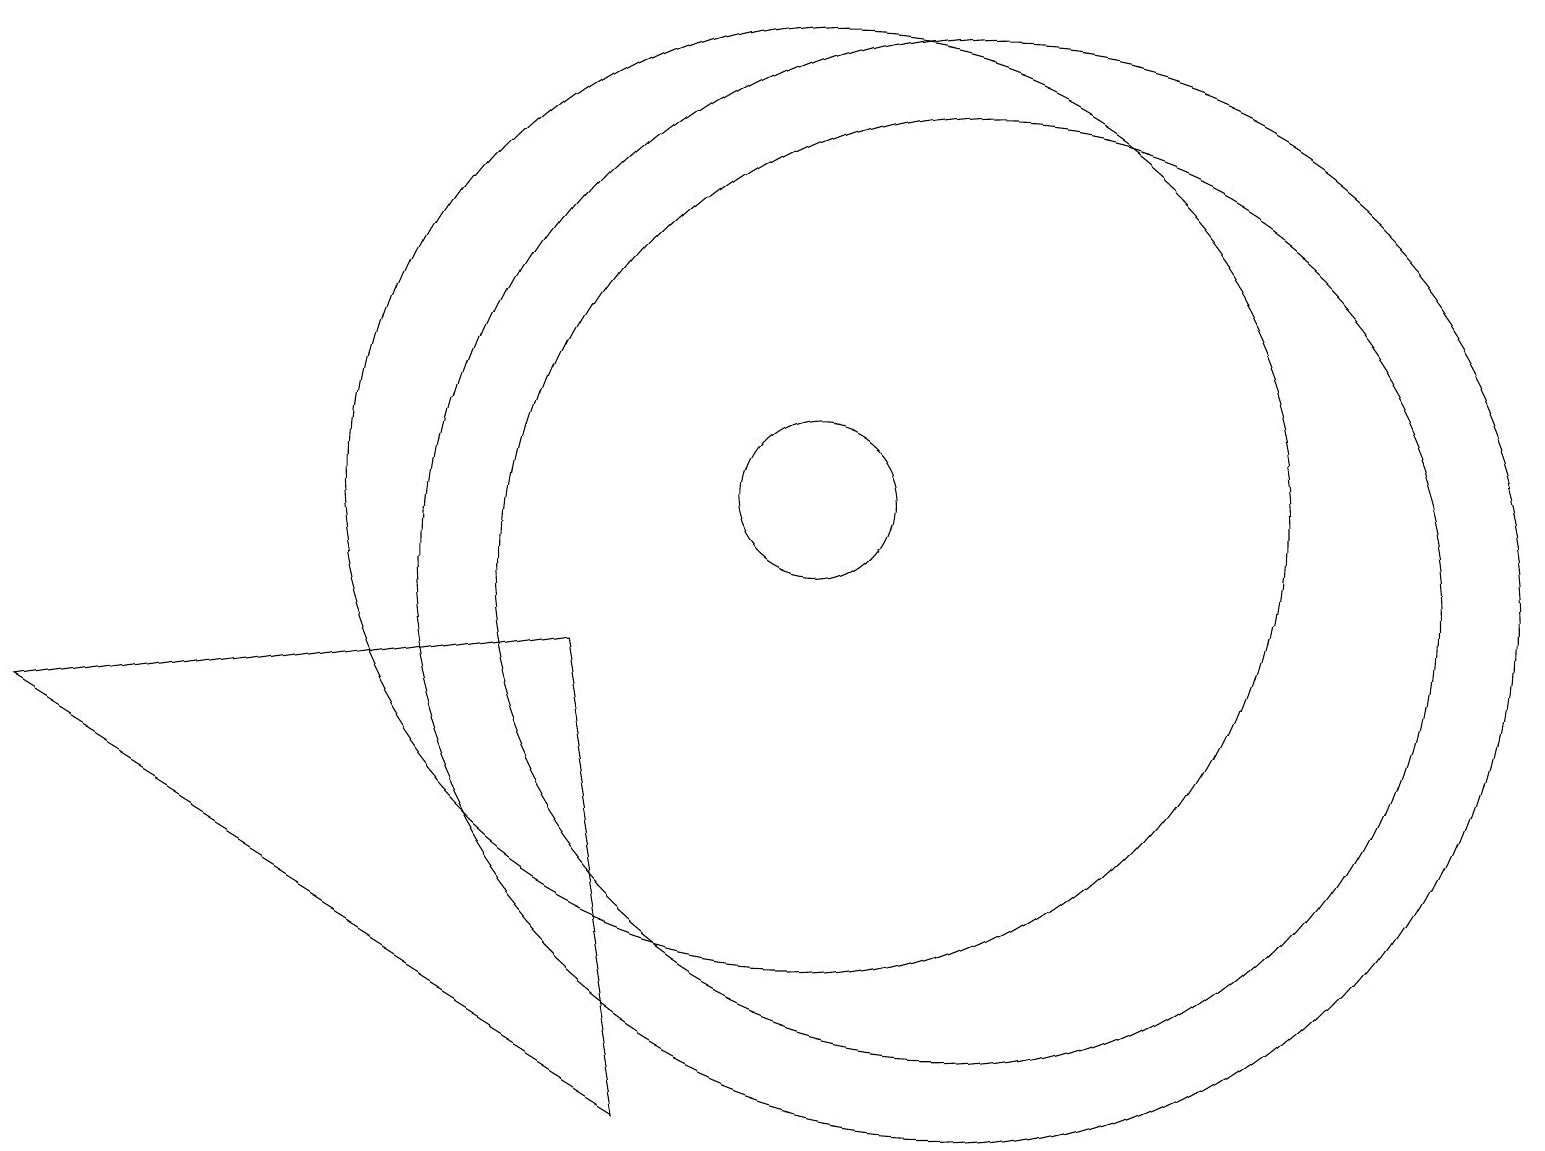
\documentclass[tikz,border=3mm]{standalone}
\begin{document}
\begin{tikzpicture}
\draw (12,10) circle (6);
\draw (12,10) circle (7);
\draw (10,11) circle (6);
\draw (0,8) -- (7,9) -- (8,3) -- cycle;
\draw (10,11) circle (1);
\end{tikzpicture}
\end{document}